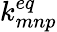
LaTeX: k_{mnp}^{eq}